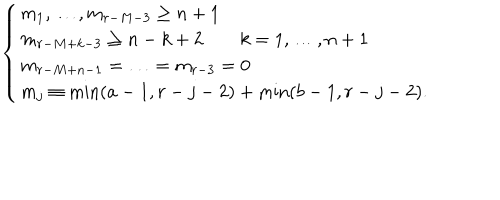
LaTeX: \left\{ \begin{array} { l } { { m _ { 1 } , \ldots , m _ { r - M - 3 } \geq n + 1 } } \\ { { m _ { r - M + k - 3 } \geq n - k + 2 \qquad k = 1 , \ldots , n + 1 } } \\ { { m _ { r - M + n - 1 } = \ldots = m _ { r - 3 } = 0 } } \\ { { m _ { j } \equiv \min ( a - 1 , r - j - 2 ) + \min ( b - 1 , r - j - 2 ) . } } \\ \end{array} \right.